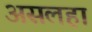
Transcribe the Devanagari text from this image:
असलहा